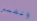
والشمس